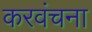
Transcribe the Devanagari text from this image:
करवंचना